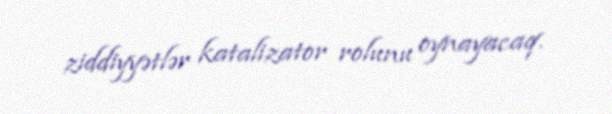
ziddiyyətlər katalizator rolunu oynayacaq.